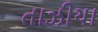
તાઝીયા